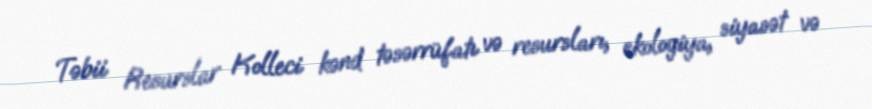
Təbii Resurslar Kolleci kənd təsərrüfatı və resursları, ekologiya, siyasət və